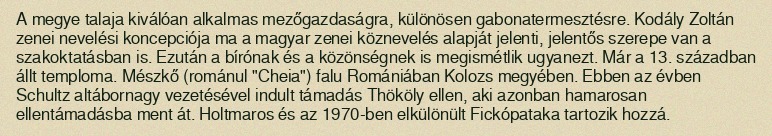
A megye talaja kiválóan alkalmas mezőgazdaságra, különösen gabonatermesztésre. Kodály Zoltán zenei nevelési koncepciója ma a magyar zenei köznevelés alapját jelenti, jelentős szerepe van a szakoktatásban is. Ezután a bírónak és a közönségnek is megismétlik ugyanezt. Már a 13. században állt temploma. Mészkő (románul "Cheia") falu Romániában Kolozs megyében. Ebben az évben Schultz altábornagy vezetésével indult támadás Thököly ellen, aki azonban hamarosan ellentámadásba ment át. Holtmaros és az 1970-ben elkülönült Fickópataka tartozik hozzá.